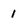
Character: 1